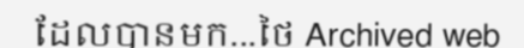
ដែលបានមក...ថៃ Archived web